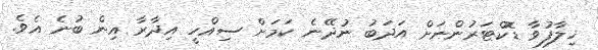
ޚިލާފުވާ ޑޮކްޓަރުންނަށް އަދަބު ނުދޭނެ ކަމަށް ސިއްހީ އިދާރާ އިން ބުނެ އެވެ.